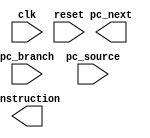
module instr_fetch(
    input clk,
    input reset,
    input [31:0] pc_branch,         // the branch address coming from the mem stage
    input pc_source,                // selects between pc+4 (0) or pc+4+branch (1)
    output [31:0] pc_next,          // pc+4 calculated for later stages
    output [31:0] instruction       // the actual instruction corresponding to pc
);

    // Write your code below.

    // * Make sure the pc register is initiated with the name "program_counter".

endmodule